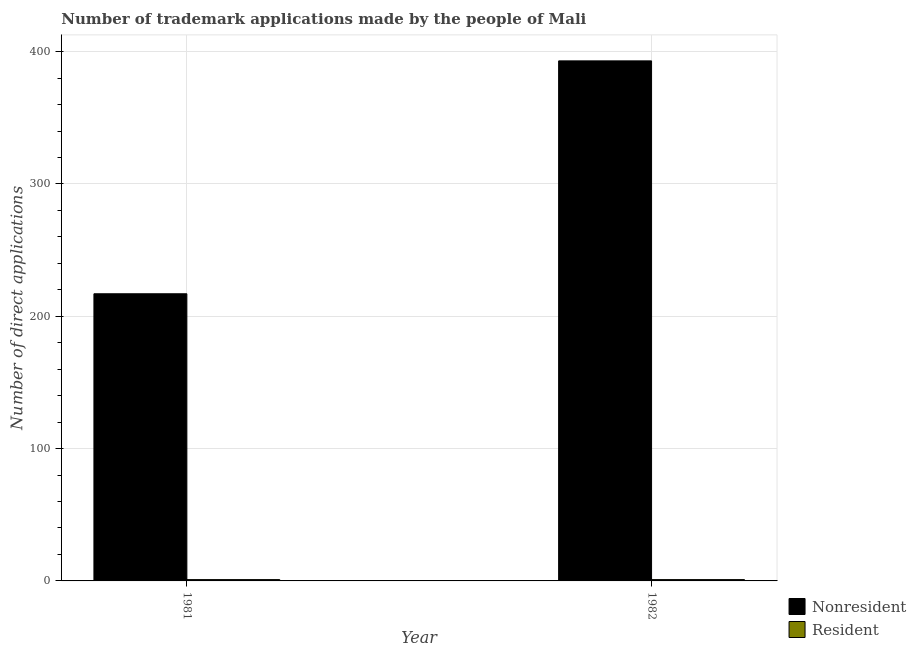
| Year | Nonresident | Resident |
 | --- | --- | --- |
 | 1981 | 217 | 1 |
 | 1982 | 393 | 1 |